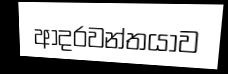
ආදරවන්තයාව